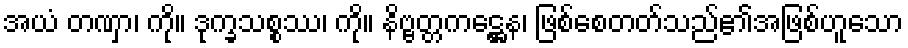
အယံ တဏှာ၊ ကို။ ဒုက္ခသစ္စဿ၊ ကို။ နိဗ္ဗတ္တကဋ္ဌေန၊ ဖြစ်စေတတ်သည်၏အဖြစ်ဟူသော